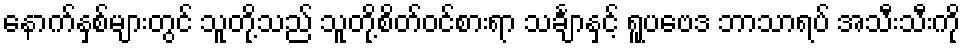
နောက်နှစ်များတွင် သူတို့သည် သူတို့စိတ်ဝင်စားရာ သင်္ချာနှင့် ရူပဗေဒ ဘာသာရပ် အသီးသီးကို